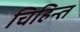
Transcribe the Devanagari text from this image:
चिहिन्त